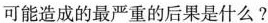
可能造成的最严重的后果是什么？